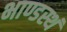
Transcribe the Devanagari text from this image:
भाण्डस्थं